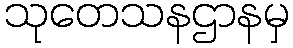
သုတေသနဌာနမှ